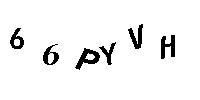
66PYVH